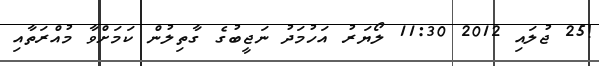
!25 ޖުލައި 2012 11:30 ލޯޔަރު އަހުމަދު ނަޖީބުގެ ގާތިލުން ކަމަށްވާ މުއްރަތާއި